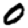
Digit: 0